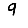
Digit: 9